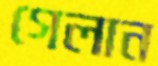
গেলান